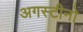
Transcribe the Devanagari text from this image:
अगस्टीनो